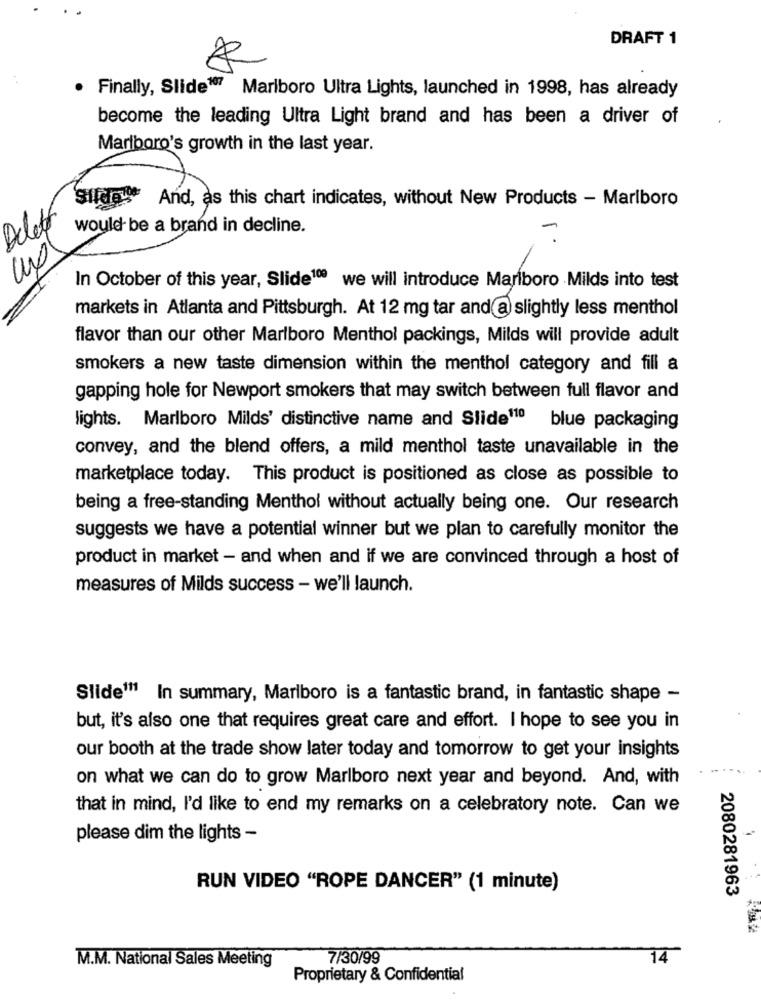
DRAFT 1
Finally, Slide17 Marlboro Ultra Lights, launched in 1998, has already
become the leading Ultra Light brand and has been a driver of
Marlboro's growth in the last year.
Silde "* And, as this chart indicates, without New Products - Marlboro
Delett
would be a brand in decline.
In October of this year, Slide100 we will introduce Marlboro Milds into test
markets in Atlanta and Pittsburgh. At 12 mg tar and @ slightly less menthol
flavor than our other Marlboro Menthol packings, Milds will provide adult
smokers a new taste dimension within the menthol category and fill a
gapping hole for Newport smokers that may switch between full flavor and
lights. Marlboro Milds' distinctive name and Slide110 blue packaging
convey, and the blend offers, a mild menthol taste unavailable in the
marketplace today. This product is positioned as close as possible to
being a free-standing Menthol without actually being one. Our research
suggests we have a potential winner but we plan to carefully monitor the
product in market - and when and if we are convinced through a host of
measures of Milds success - we'll launch.
Slide111 In summary, Marlboro is a fantastic brand, in fantastic shape -
but, it's also one that requires great care and effort. I hope to see you in
our booth at the trade show later today and tomorrow to get your insights
on what we can do to grow Marlboro next year and beyond. And, with
that in mind, I'd like to end my remarks on a celebratory note. Can we
please dim the lights -
RUN VIDEO "ROPE DANCER" (1 minute)
2080281963
7/30/99
14
M.M. National Sales Meeting
Proprietary & Confidential